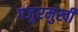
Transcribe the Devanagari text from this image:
गजुरमुखी